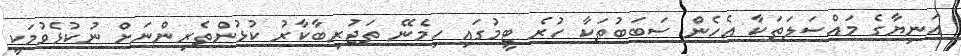
އަނިޔާގެ މައްސަލަތަކާ އެހެން ސަބަބުތަކާ ހުރެ ޓީމުގައި ހިމެނޭ ތަޖުރިބާކާރު ކުޅުންތެރިންނަށް ނުކުޅެވުމަކީ